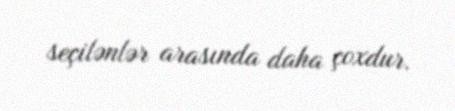
seçilənlər arasında daha çoxdur.